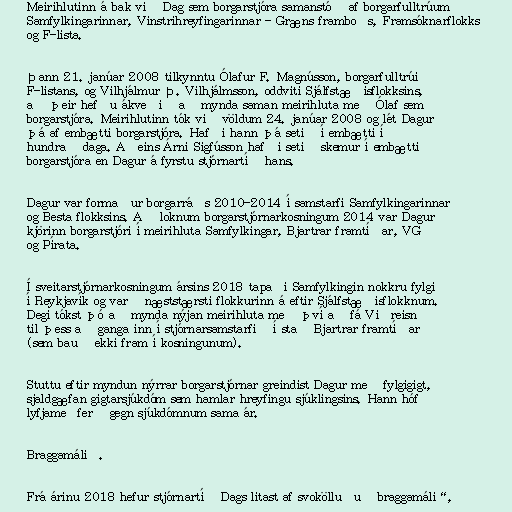
Meirihlutinn á bak við Dag sem borgarstjóra samanstóð af borgarfulltrúum
Samfylkingarinnar, Vinstrihreyfingarinnar - Græns framboðs, Framsóknarflokks
og F-lista.

Þann 21. janúar 2008 tilkynntu Ólafur F. Magnússon, borgarfulltrúi
F-listans, og Vilhjálmur Þ. Vilhjálmsson, oddviti Sjálfstæðisflokksins,
að þeir hefðu ákveðið að mynda saman meirihluta með Ólaf sem
borgarstjóra. Meirihlutinn tók við völdum 24. janúar 2008 og lét Dagur
þá af embætti borgarstjóra. Hafði hann þá setið í embætti í
hundrað daga. Aðeins Árni Sigfússon hafði setið skemur í embætti
borgarstjóra en Dagur á fyrstu stjórnartíð hans.

Dagur var formaður borgarráðs 2010-2014 í samstarfi Samfylkingarinnar
og Besta flokksins. Að loknum borgarstjórnarkosningum 2014 var Dagur
kjörinn borgarstjóri í meirihluta Samfylkingar, Bjartrar framtíðar, VG
og Pírata.

Í sveitarstjórnarkosningum ársins 2018 tapaði Samfylkingin nokkru fylgi
í Reykjavík og varð næststærsti flokkurinn á eftir Sjálfstæðisflokknum.
Degi tókst þó að mynda nýjan meirihluta með því að fá Viðreisn
til þess að ganga inn í stjórnarsamstarfið í stað Bjartrar framtíðar
(sem bauð ekki fram í kosningunum).

Stuttu eftir myndun nýrrar borgarstjórnar greindist Dagur með fylgigigt,
sjaldgæfan gigtarsjúkdóm sem hamlar hreyfingu sjúklingsins. Hann hóf
lyfjameðferð gegn sjúkdómnum sama ár.

Braggamálið.

Frá árinu 2018 hefur stjórnartíð Dags litast af svokölluðu „braggamáli“,